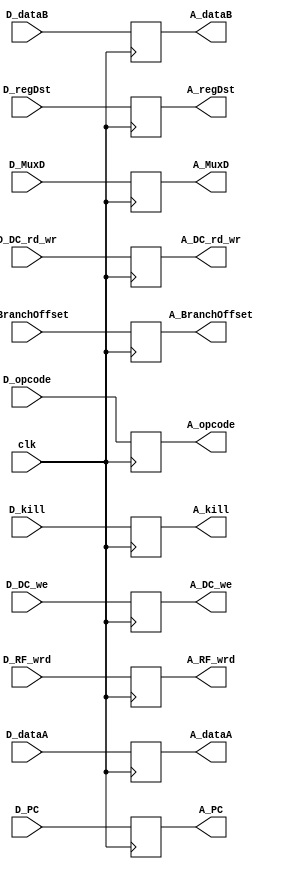
module DA_decoupler
#(parameter DATA_WIDTH=32, parameter ADDR_WIDTH=32)
(
	input clk,
	input [(DATA_WIDTH-1):0] D_dataA,
	input [(DATA_WIDTH-1):0] D_dataB,
	input [(ADDR_WIDTH-1):0] D_PC,
	input [(DATA_WIDTH-1):0] D_BranchOffset,
	input [6:0] D_opcode,
	input [4:0] D_regDst,
	input [1:0] D_DC_rd_wr,
	input D_DC_we,
	input D_MuxD,
	input D_RF_wrd,
	input D_kill,
	
	output reg [(DATA_WIDTH-1):0] A_dataA,
	output reg [(DATA_WIDTH-1):0] A_dataB,
	output reg [(ADDR_WIDTH-1):0] A_PC,
	output reg [(DATA_WIDTH-1):0] A_BranchOffset,	
	output reg [6:0] A_opcode,
	output reg [4:0] A_regDst,
	output reg [1:0] A_DC_rd_wr,
	output reg A_DC_we,
	output reg A_MuxD,
	output reg A_RF_wrd,
	output reg A_kill
);

	always @(posedge clk) begin
		A_dataA <= D_dataA;
		A_dataB <= D_dataB;
		A_opcode <= D_opcode;
		A_regDst <= D_regDst;
		A_DC_rd_wr <= D_DC_rd_wr;
		A_DC_we <= D_DC_we;
		A_MuxD <= D_MuxD;
		A_PC <= D_PC;
		A_BranchOffset <= D_BranchOffset;
		A_RF_wrd <= D_RF_wrd;
		A_kill <= D_kill;
	end

	
endmodule